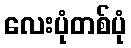
လေးပုံတစ်ပုံ